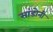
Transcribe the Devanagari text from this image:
सांडोनी